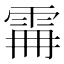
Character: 𩂨